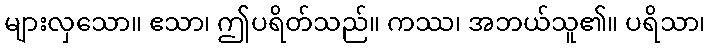
များလှသော။ ဧသာ၊ ဤပရိတ်သည်။ ကဿ၊ အဘယ်သူ၏။ ပရိသာ၊